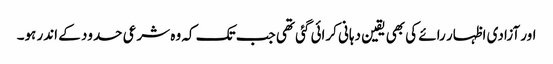
اور آزادی اظہار رائے کی بھی یقین دہانی کرائی گئی تھی جب تک کہ وہ شرعی حدود کے اندر ہو۔